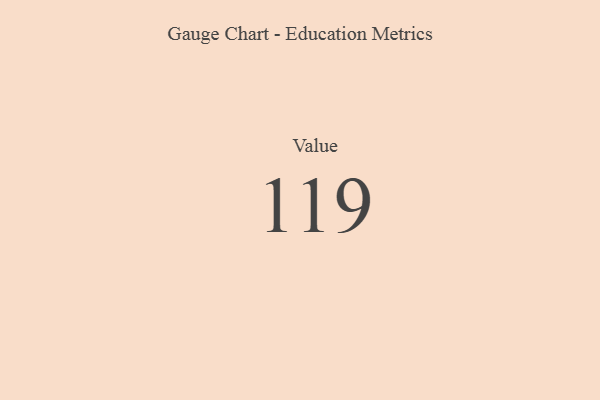
{"axis": {"x": "Metric", "y": "Value"}, "legend": [""], "data": [{"x": "Value", "y": 119, "type": ""}]}